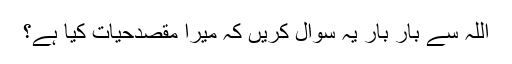
اللہ سے بار بار یہ سوال کریں کہ میرا مقصدِحیات کیا ہے؟